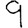
Digit: 9